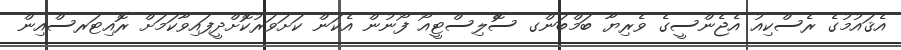
އެޤައުމުގެ ރެސްކިއު އެޖެންސީގެ ވެރިޔާ ބަމްބަންގ ސޮެލިސްޓީއޯ ފޯނުން އެކަން ކަށަވަރުކޮށްދީފައިވާކަމަށް ރޮއިޓަރސްއިން